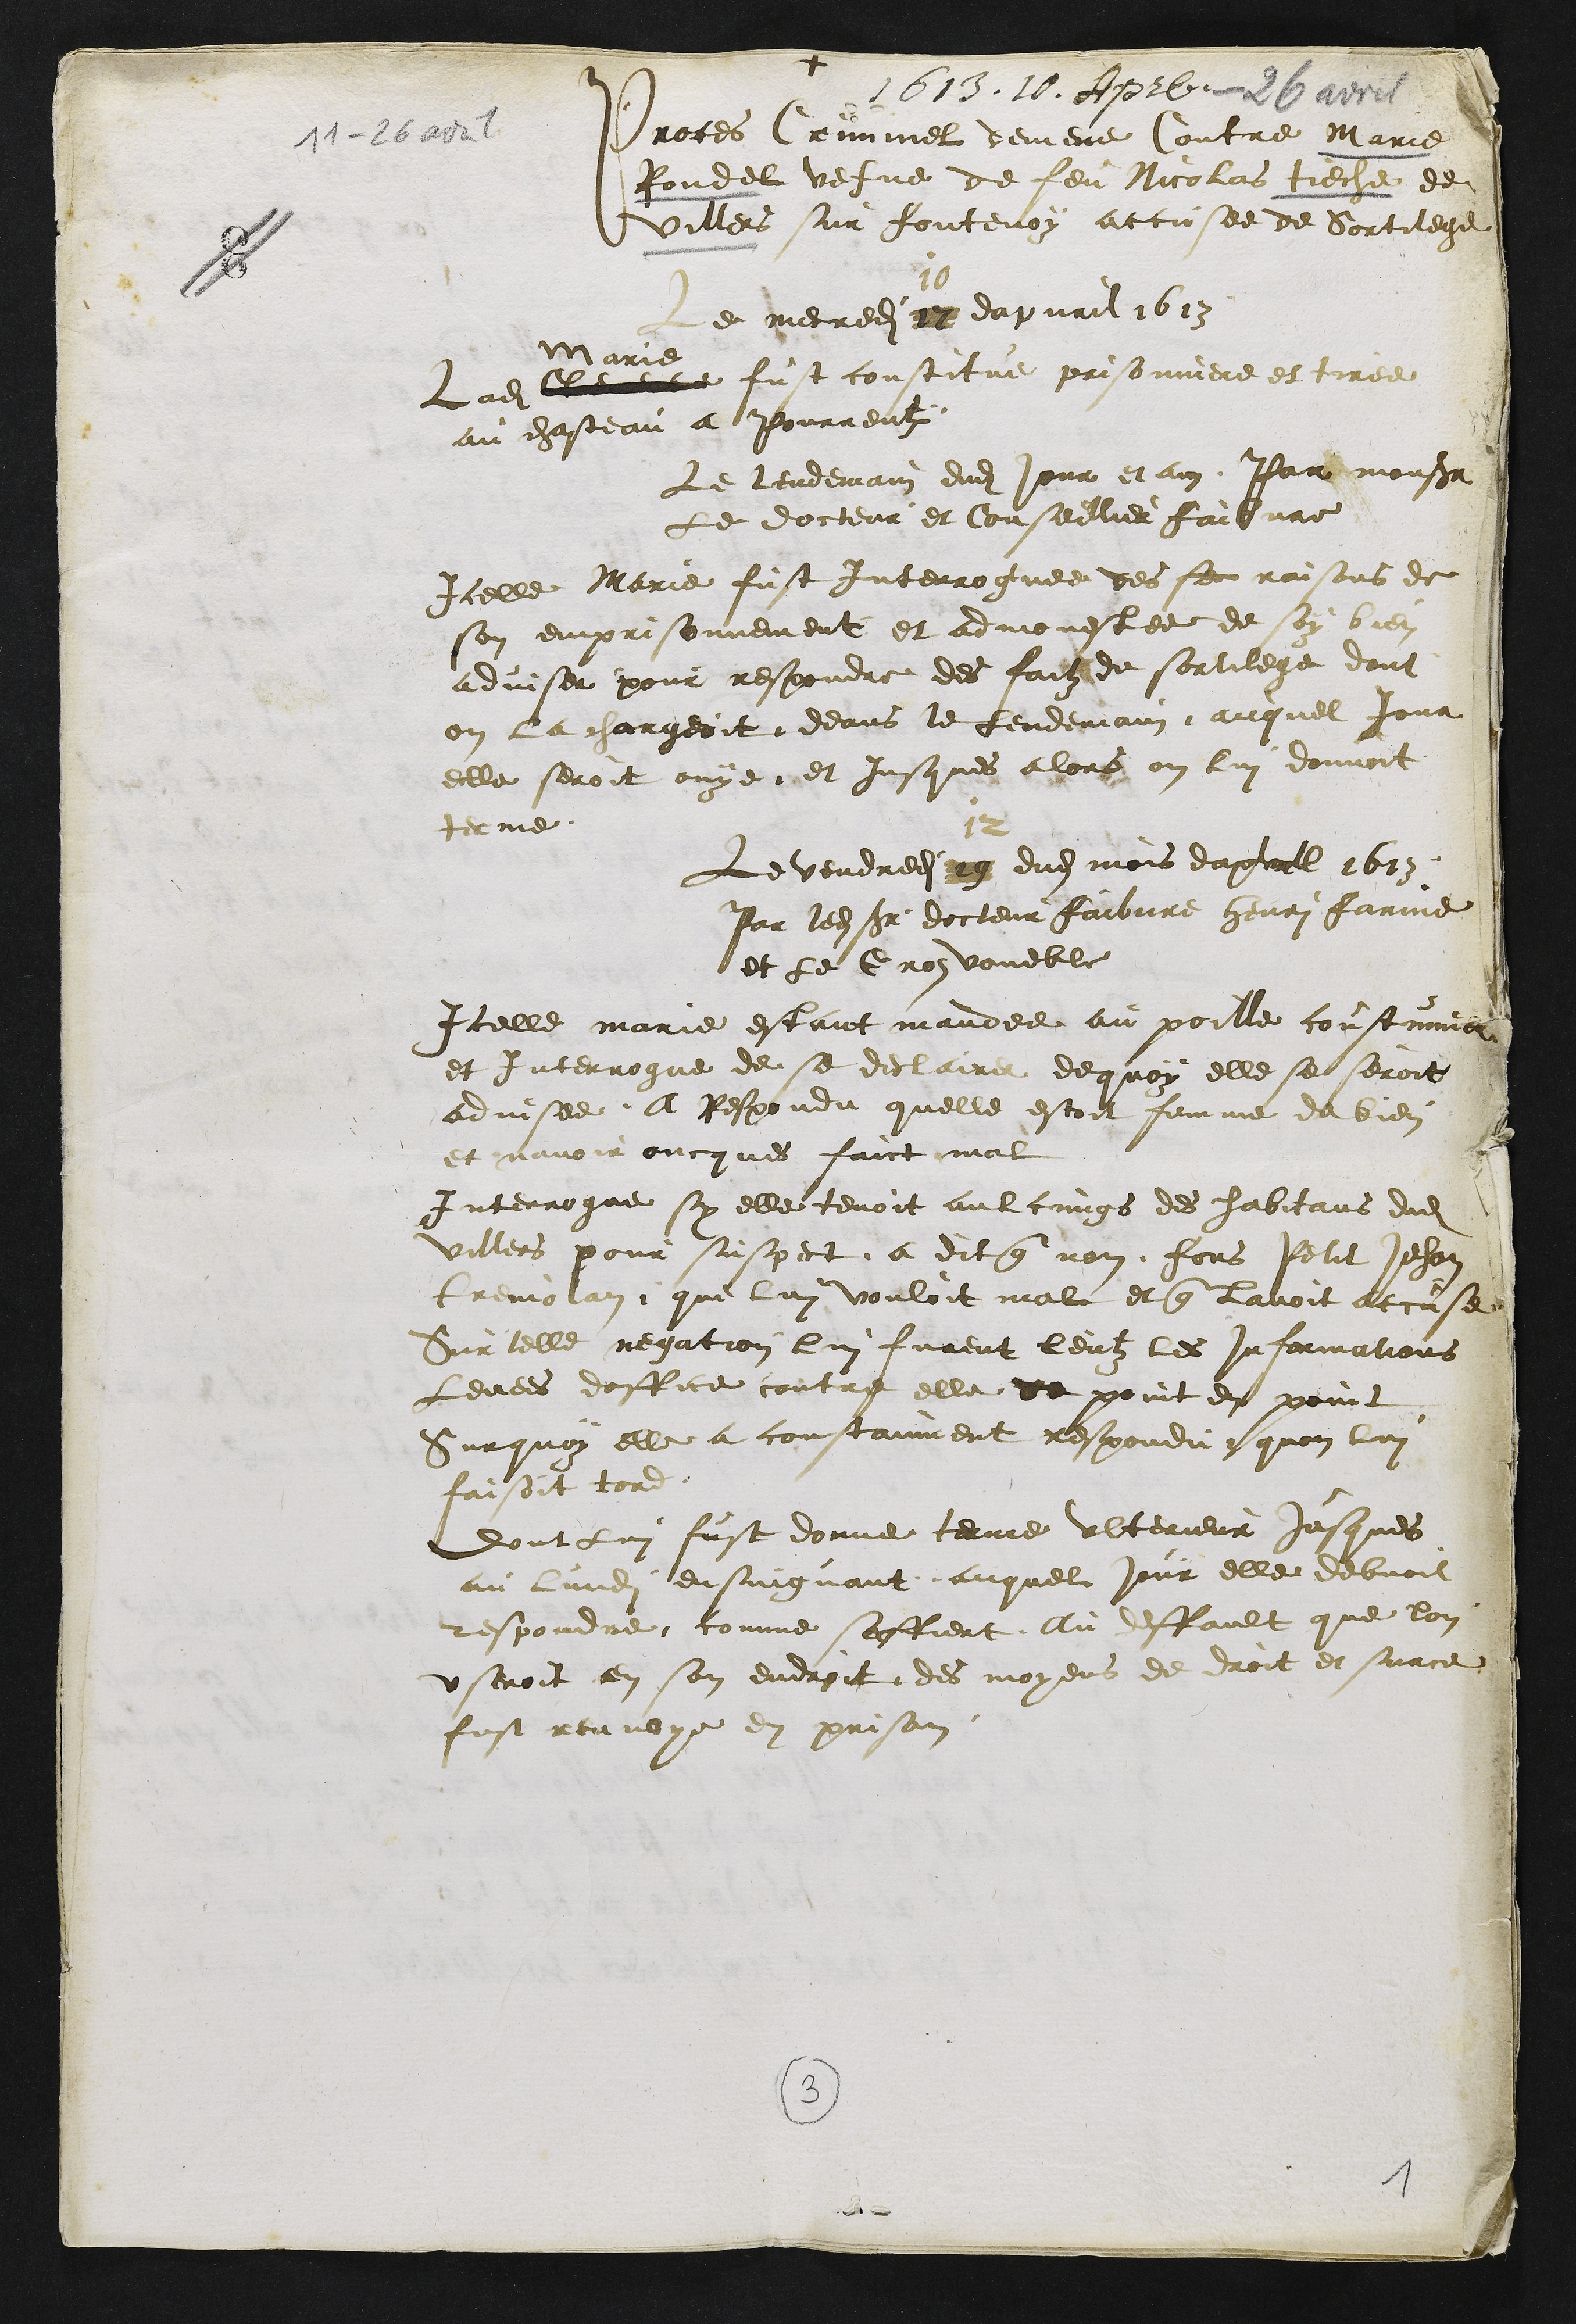
+
1613. 10. April - 26 avril
Proces Criminel demene Contre Marie
Rondel vefve de feu Nicolas Tieche de
Villers sur fontenoy accusee de Sortilege
Le mecredi 27
10
dapvril 1613
Ladite Clemence
Marie
fust constitue prisonniere et tiree
au chasteau a Pourrentruy
Le lendemain dudit jour et an par monsieur
Le docteur et Conseillier Faibvre
Icelle Marie fust interroguee des se raisons de
son emprisonnement et admonestee de soy bien
adviser pour respondre des faitz de sortilege dont
on la chargeoit deans le lendemain, auquel jour
elle seroit ouye et jusques alors on lui donnoit
terme
Le vendredit 19
12
dudit mois dapvril 1613
Par ledit sieur docteur Faibvre Henri Farine
et le Gros voueble
Icelle marie estant mandee au poille coustumier
et interrogue de se declairer de quoy elle se seroit
advisee. A Respondu quelle estoit femme de bien
et navoir oncques faict mal
Interrogue sy elle tenoit aulcungs des habitans dudit
Villers pour suspect a dit que non fors Petit Jehan
tremolan que lui vouloit mal et que lavoit accuse
Sur telle negation lui furent leutz les informations
levees doffice contre elle de point en point
Surquoy elle a constanment respondu quon lui
faisoit tord
dont lui fust donne terme ulterieur jusques
au lundi ensuigvant auquel jour elle debvoit
respondre comme saffiert, Au deffault que lon
useroit en son endroit des moyens de droit et surce
fust renvoye en prison
3
1